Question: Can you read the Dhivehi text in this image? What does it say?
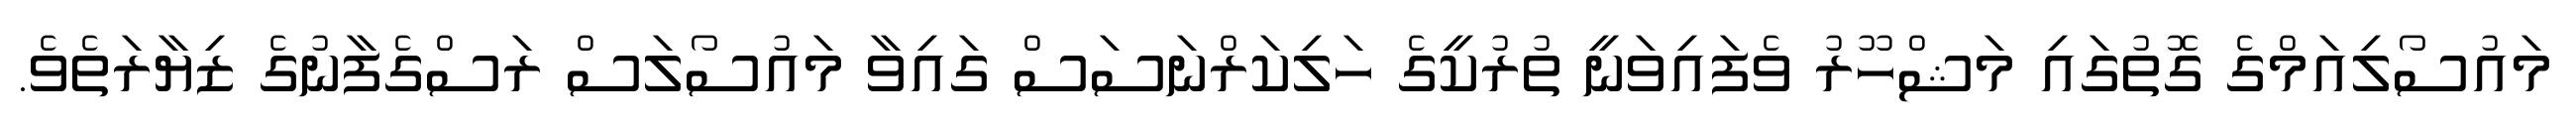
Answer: މައުސޯލިއަމްގެ ގޮތުގައި މަޝްހޫރު ވެފައިވަނީ ތުރުކީގެ ހަލިކަރްނަސަސް ގައިވާ މައުސޯލަސް ރަސްގެފާނުގެ ޒިޔާރަތެވެ.